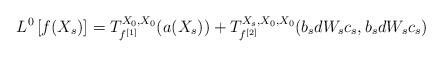
LaTeX: \begin{align*}L^0\left[f(X_s)\right] = T_{f^{[1]}}^{X_0,X_0}(a(X_s)) + T_{f^{[2]}}^{X_s,X_0,X_0}(b_sdW_sc_s,b_sdW_sc_s)\end{align*}